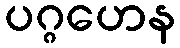
ပဂ္ဂဟေန